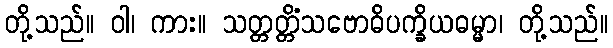
တို့သည်။ ဝါ၊ ကား။ သတ္တတ္တိံသဗောဓိပက္ခိယဓမ္မာ၊ တို့သည်။